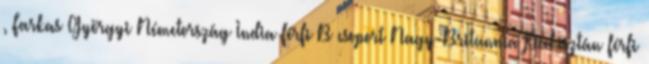
, Farkas Györgyi Németország–India férfi B csoport Nagy-Britannia–Pakisztán férfi